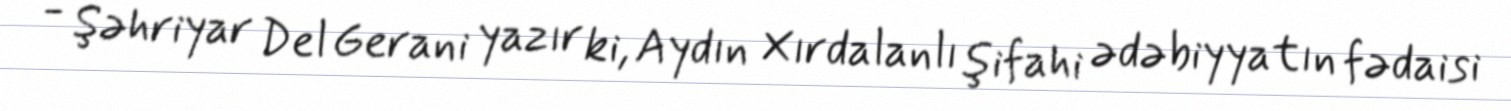
- Şəhriyar Del Gerani yazır ki, Aydın Xırdalanlı şifahi ədəbiyyatın fədaisi